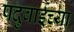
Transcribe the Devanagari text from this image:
पदुबाईच्या